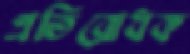
প্রতিরোধক